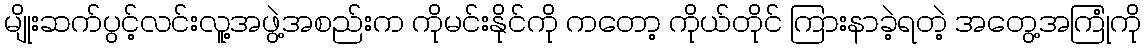
မျိုးဆက်ပွင့်လင်းလူ့အဖွဲ့အစည်းက ကိုမင်းနိုင်ကို ကတော့ ကိုယ်တိုင် ကြားနာခဲ့ရတဲ့ အတွေ့အကြုံကို